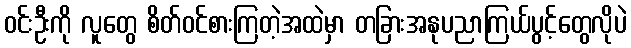
ဝင်းဦးကို လူတွေ စိတ်ဝင်စားကြတဲ့အထဲမှာ တခြားအနုပညာကြယ်ပွင့်တွေလိုပဲ